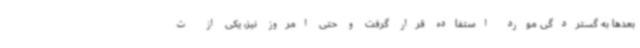
بعدها به گستردگی مورد استفاده قرار گرفت و حتی امروز نیز، یکی از ت